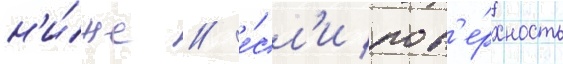
н'и́же / е́сл'и пов'е́рхность